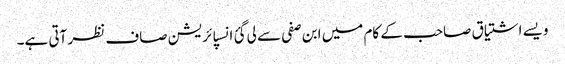
ویسے اشتیاق صاحب کے کام میں ابن صفی سے لی گئ انسپائریشن صاف نظر آتی ہے۔